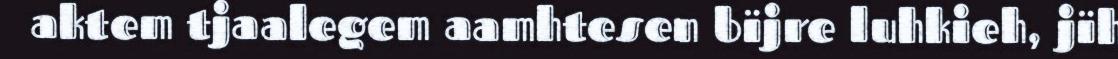
aktem tjaalegem aamhtesen bïjre luhkieh, jïh